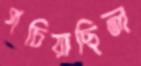
পচিয়াছিল